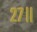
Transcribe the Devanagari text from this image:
२७॥